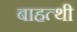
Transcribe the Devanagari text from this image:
बाहत्थी